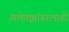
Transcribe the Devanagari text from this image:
अलेक्झांडरलाही